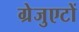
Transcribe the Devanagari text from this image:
ग्रेजुएटों